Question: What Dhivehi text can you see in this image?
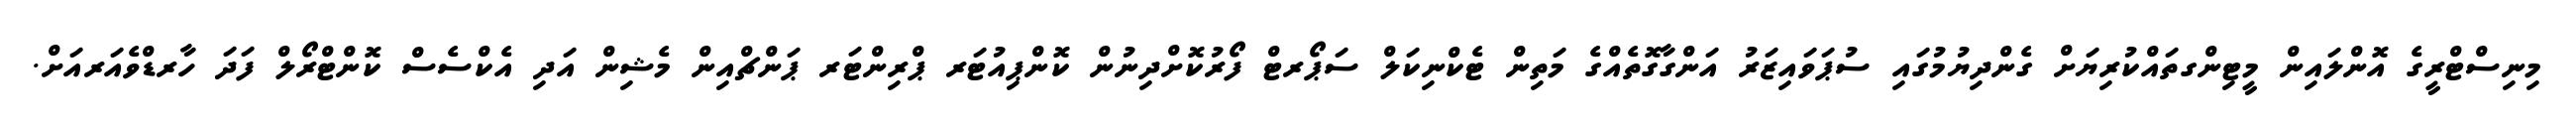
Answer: މިނިސްޓްރީގެ އޮންލައިން މީޓިންގތައްކުރިޔަށް ގެންދިޔުމުގައި ސުޕަވައިޒަރު އަންގާގޮތެއްގެ މަތިން ޓެކްނިކަލް ސަޕޯރޓް ފޯރުކޮށްދިނުން ކޮންޕިއުޓަރ ޕްރިންޓަރ ޕަންޗްއިން މެޝިން އަދި އެކްސެސް ކޮންޓްރޯލް ފަދަ ހާރޑްވެއަރއަށް.